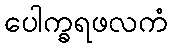
ပေါက္ခရဖလကံ